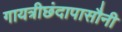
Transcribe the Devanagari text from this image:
गायत्रीछंदापासौनी